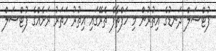
ފުޓްސަލް ދަނޑުގެ އިތުރުން މި ހަފްތާފެ ތެރޭގައި އިތުރު ހަތަރު ރަށެއްގެ ފުޓްސަލް